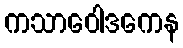
ကသာဝေါဒကေန